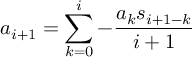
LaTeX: a _ { i + 1 } = \sum _ { k = 0 } ^ { i } { - \frac { a _ { k } s _ { i + 1 - k } } { i + 1 } }